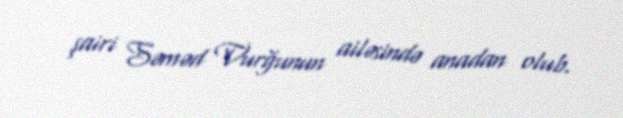
şairi Səməd Vurğunun ailəsində anadan olub.